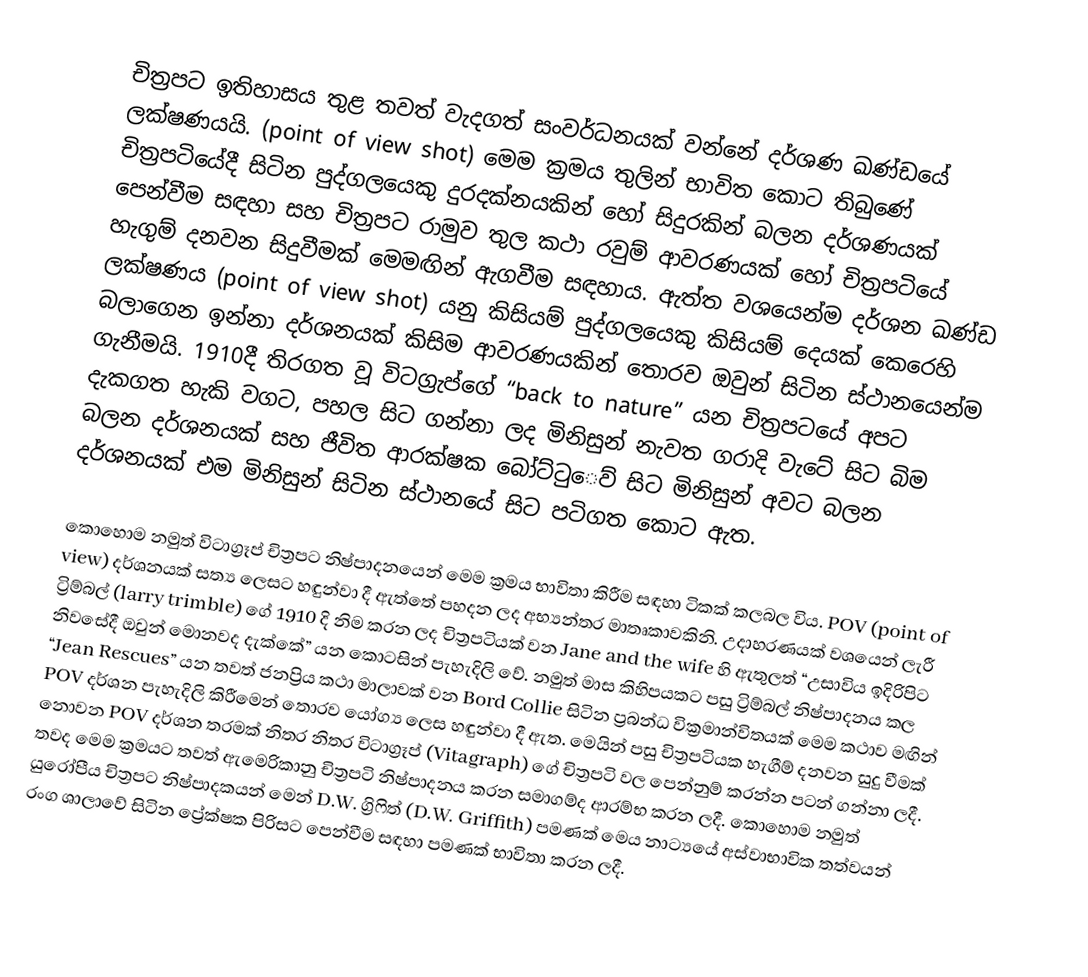
චිත්‍රපට ඉතිහාසය තුළ තවත් වැදගත් සංවර්ධනයක් වන්නේ දර්ශණ ඛණ්ඩයේ ලක්ෂණයයි.  (point of view shot) මෙම ක්‍රමය තුලින් භාවිත කොට තිබුණේ චිත්‍රප‍ටියේදී සිටින පුද්ගලයෙකු දුරදක්නයකින් හෝ සිදුරකින් බලන දර්ශණයක් පෙන්වීම සඳහා සහ චිත්‍රපට රාමුව තුල කථා රවුම් ආවරණයක් හෝ චිත්‍රපටියේ හැගුම් දනවන සිදුවීමක් මෙමඟින් ඇගවීම සඳහාය.  ඇත්ත වශයෙන්ම දර්ශන ඛණ්ඩ ලක්ෂණය (point of view shot) යනු කිසියම් පුද්ගලයෙකු කිසියම් දෙයක් කෙරෙහි බලාගෙන ඉන්නා දර්ශනයක් කිසිම ආවරණයකින් තොරව ඔවුන් සිටින ස්ථානයෙන්ම ගැනීමයි.  1910දී තිරගත වූ විටග්‍රැප්ගේ “back to nature” යන චිත්‍රපටයේ අපට දැකගත හැකි වගට, පහල සිට ගන්නා ලද මිනිසුන් නැවත ගරාදි වැටේ සිට බිම බලන දර්ශනයක් සහ ජීවිත ආරක්ෂක බෝට්ටු‍ෙව් සිට මිනිසුන් අවට බලන දර්ශනයක් එම මිනිසුන් සිටින ස්ථානයේ සිට පටිගත කොට ඇත.

කොහොම නමුත් විටාග්‍රෑප් චිත්‍රපට නිෂ්පාදනයෙන් මෙම ක්‍රමය භාවිතා කිරීම සඳහා ටිකක් කලබල විය.  POV (point of view) දර්ශනයක් සත්‍ය ලෙසට හඳුන්වා දී ඇත්තේ පහදන ලද අභ්‍යන්තර මාතෘකාවකිනි.  උදාහරණයක් වශයෙන් ලැරී ට්‍රිම්බල් (larry trimble) ගේ 1910 දි නිම කරන ලද චිත්‍රපටියක් වන Jane and the wife හි ඇතුලත් “උසාවිය ඉදිරිපිට නිවසේදී ඔවුන් මොනවද දැක්කේ”  යන කොටසින් පැහැදිලි වේ.  නමුත් මාස කිහිපයකට පසු ට්‍රිම්බල් නිෂ්පාදනය කල “Jean Rescues” යන තවත් ජනප්‍රිය කථා මාලාවක් වන Bord Collie සිටින ප්‍රබන්ධ වික්‍රමාන්විතයක් මෙම කථාව මඟින් POV දර්ශන පැහැදිලි කිරීමෙන්‍ තොරව යෝග්‍ය ලෙස හඳුන්වා දී ඇත.  මෙයින් පසු චිත්‍රපටියක හැගීම් දනවන සුදු වීමක් නොවන POV දර්ශන තරමක් නිතර නිතර විටාග්‍රෑප් (Vitagraph) ගේ චිත්‍රපටි වල පෙන්නුම් කරන්න පටන් ගන්නා ලදී.  තවද මෙම ක්‍රමයට තවත් ඇමෙරිකානු චිත්‍රපටි නිෂ්පාදනය කරන සමාගම්ද ආරම්භ කරන ලදී.  කොහොම නමුත් යුරෝපීය චිත්‍රපට නිෂ්පාදකයන් මෙන් D.W. ග්‍රිෆිත් (D.W. Griffith) පමණක් මෙය නාට්‍යයේ අස්වාභාවික තත්වයන් රංග ශාලාවේ සිටින ප්‍රේක්ෂක පිරිසට පෙන්වීම සඳහා පමණක් භාවිතා කරන ලදී.